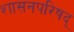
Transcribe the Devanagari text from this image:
शासनपरिषद्